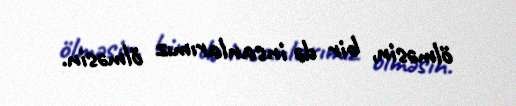
ölməsin, bir də insanlarımız ölməsin.